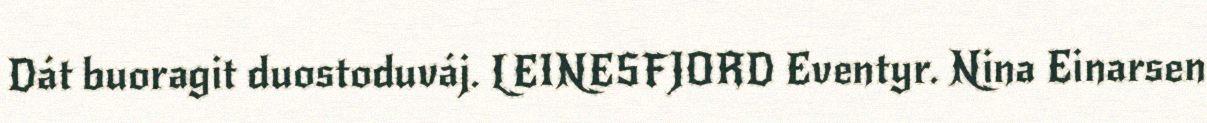
Dát buoragit duostoduváj. LEINESFJORD Eventyr. Nina Einarsen